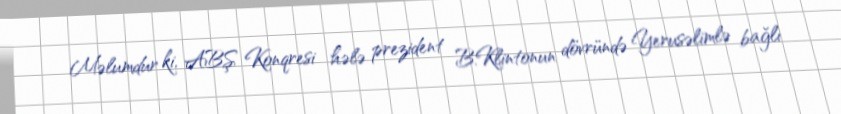
Məlumdur ki, ABŞ Konqresi hələ prezident B.Klintonun dövründə Yerusəlimlə bağlı